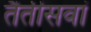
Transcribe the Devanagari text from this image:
तैतीसवां